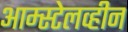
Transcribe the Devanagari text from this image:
आम्स्टेलव्हीन